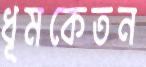
ধূমকেতন